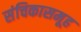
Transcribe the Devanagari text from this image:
संचिकासमूह